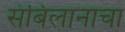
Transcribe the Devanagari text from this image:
संबिलानाचा